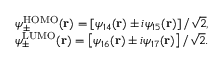
\begin{array} { r } { \psi _ { \pm } ^ { \mathrm { H O M O } } ( \mathbf { r } ) = \left[ \psi _ { 1 4 } ( \mathbf { r } ) \pm i \psi _ { 1 5 } ( \mathbf { r } ) \right] / \sqrt { 2 } , } \\ { \psi _ { \pm } ^ { \mathrm { L U M O } } ( \mathbf { r } ) = \left[ \psi _ { 1 6 } ( \mathbf { r } ) \pm i \psi _ { 1 7 } ( \mathbf { r } ) \right] / \sqrt { 2 } . } \end{array}